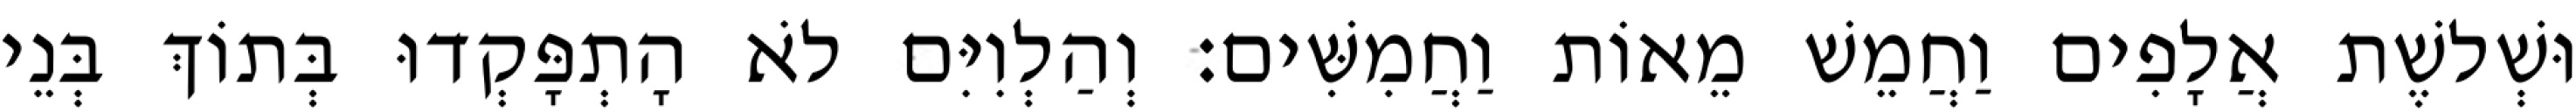
וּשְׁלשֶׁת אֲלָפִים וַחֲמֵשׁ מֵאוֹת וַחֲמִשִּׁים׃ וְהַלְוִיִּם לֹא הָתְפָּקְדוּ בְּתוֹךְ בְּנֵי